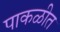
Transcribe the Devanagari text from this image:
पाकळीत